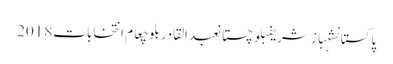
پاکستانشہباز شریفبلوچستانعبدالقادر بلوچعام انتخابات 2018